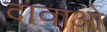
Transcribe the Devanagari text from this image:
दावाओ